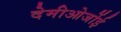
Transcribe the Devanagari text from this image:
देमीओर्जोई